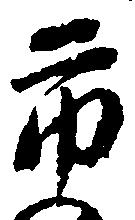
市